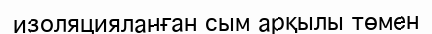
изоляцияланған сым арқылы төмен